Civil Veterinary Dept. North-West Frontier Province 1901-22 - 1901-1922
Year: 1901
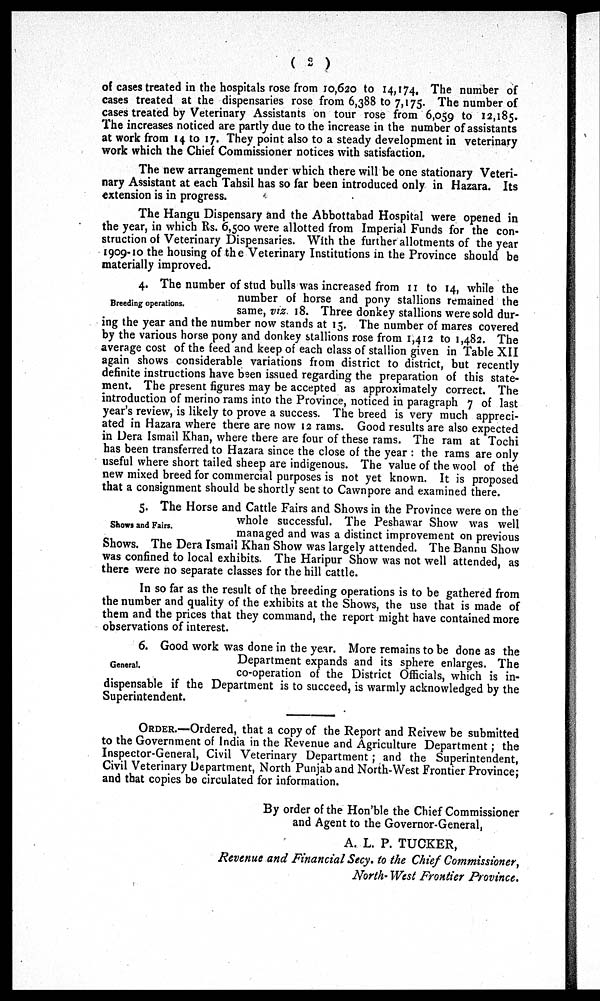
( 2 )
of cases treated in the hospitals rose from 10,620 to 14,174. The number of
cases treated at the dispensaries rose from 6,388 to 7,175. The number of
cases treated by Veterinary Assistants on tour rose from 6,059 to 12,185.
The increases noticed are partly due to the increase in the number of assistants
at work from 14 to 17. They point also to a steady development in veterinary
work which the Chief Commissioner notices with satisfaction.
The new arrangement under which there will be one stationary Veteri-
nary Assistant at each Tahsil has so far been introduced only in Hazara. Its
extension is in progress.
The Hangu Dispensary and the Abbottabad Hospital were opened in
the year, in which Rs. 6,500 were allotted from Imperial Funds for the con-
struction of Veterinary Dispensaries. With the further allotments of the year
1909-10 the housing of the Veterinary Institutions in the Province should be
materially improved.
Breeding operations.
4. The number of stud bulls was increased from 11 to 14, while the
number of horse and pony stallions remained the
same, viz. 18. Three donkey stallions were sold dur-
ing the year and the number now stands at 15. The number of mares covered
by the various horse pony and donkey stallions rose from 1,412 to 1,482. The
average cost of the feed and keep of each class of stallion given in Table XII
again shows considerable variations from district to district, but recently
definite instructions have been issued regarding the preparation of this state-
ment. The present figures may be accepted as approximately correct. The
introduction of merino rams into the Province, noticed in paragraph 7 of last
year's review, is likely to prove a success. The breed is very much appreci-
ated in Hazara where there are now 12 rams. Good results are also expected
in Dera Ismail Khan, where there are four of these rams. The ram at Tochi
has been transferred to Hazara since the close of the year : the rams are only
useful where short tailed sheep are indigenous. The value of the wool of the
new mixed breed for commercial purposes is not yet known. It is proposed
that a consignment should be shortly sent to Cawnpore and examined there.
Shows and Fairs.
5. The Horse and Cattle Fairs and Shows in the Province were on the
whole successful. The Peshawar Show was well
managed and was a distinct improvement on previous
Shows. The Dera Ismail Khan Show was largely attended. The Bannu Show
was confined to local exhibits. The Haripur Show was not well attended, as
there were no separate classes for the hill cattle.
In so far as the result of the breeding operations is to be gathered from
the number and quality of the exhibits at the Shows, the use that is made of
them and the prices that they command, the report might have contained more
observations of interest.
General.
6. Good work was done in the year. More remains to be done as the
Department expands and its sphere enlarges. The
co-operation of the District Officials, which is in-
dispensable if the Department is to succeed, is warmly acknowledged by the
Superintendent.
ORDER.—Ordered, that a copy of the Report and Reivew be submitted
to the Government of India in the Revenue and Agriculture Department; the
Inspector-General, Civil Veterinary Department; and the Superintendent,
Civil Veterinary Department, North Punjab and North-West Frontier Province;
and that copies be circulated for information.
By order of the Hon'ble the Chief Commissioner
and Agent to the Governor-General,
A. L. P. TUCKER,
Revenue and Financial Secy. to the Chief Commissioner,
North-West Frontier Province.